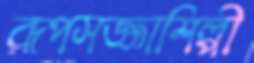
রূপসজ্জাশিল্পী